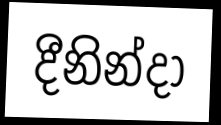
දීනින්දා